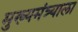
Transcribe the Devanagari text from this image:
मुख्यमंत्र्याला